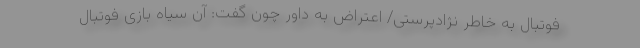
فوتبال به خاطر نژادپرستی/ اعتراض به داور چون گفت: آن سیاه بازی فوتبال